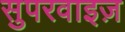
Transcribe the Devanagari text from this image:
सुपरवाइज़